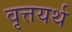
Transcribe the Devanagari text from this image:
वृत्तयर्थ